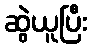
ဆွဲယူပြီး